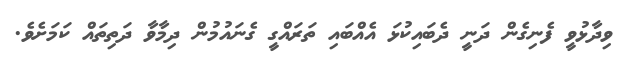
ވިދާޅުވީ ފެނިގެން ދަނީ ދެބައިކުޅަ އެއްބައި ތަރައްގީ ގެނައުމުން ދިމާވާ ދަތިތައް ކަމަށެވެ.